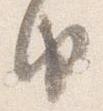
由